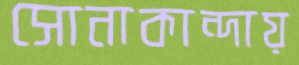
সোনাকান্দায়